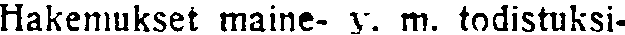
Hakemukset maine- y. m. todistuksi-